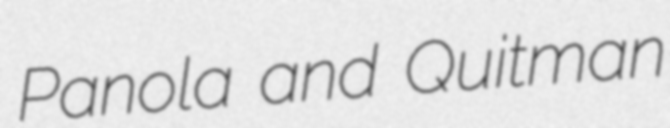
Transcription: Panola and Quitman